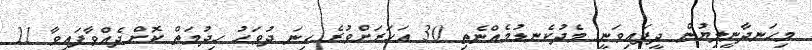
މިހަނދާނީލިޔުން ދީފައިވަނީ މެދުކެނޑުމެއްނެތި 30 އަހަރަށްވުރެ ގިނަ ދުވަހު ހިދުމަތް ކޮށްދެއްވާފައިވާ 11